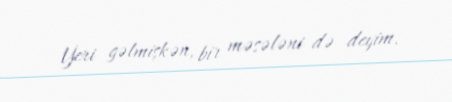
Yeri gəlmişkən, bir məsələni də deyim.